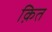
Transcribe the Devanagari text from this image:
क़ित